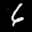
Label: 6